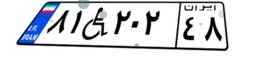
۳۰W۶۰۸۶۴